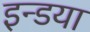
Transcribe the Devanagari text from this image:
इन्डया